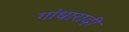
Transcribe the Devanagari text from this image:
गांधारादी